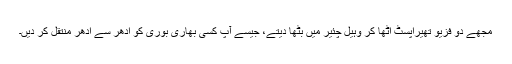
مجھے دو فزیو تھیراپسٹ اٹھا کر وہیل چئیر میں بٹھا دیتے، جیسے آپ کسی بھاری بوری کو ادھر سے ادھر منتقل کر دیں۔